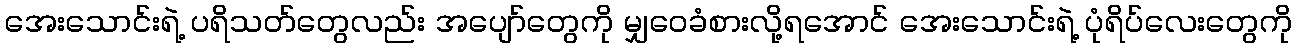
အေးသောင်းရဲ့ ပရိသတ်တွေလည်း အပျော်တွေကို မျှဝေခံစားလို့ရအောင် အေးသောင်းရဲ့ ပုံရိပ်လေးတွေကို